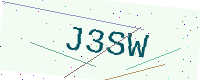
Text: J3SW